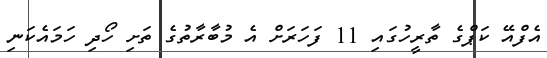
އެފްއޭ ކަޕްގެ ތާރީހުގައި 11 ފަހަރަށް އެ މުބާރާތުގެ ތަށި ހޯދި ހަމައެކަނި